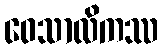
ဝေသာလိကဿ